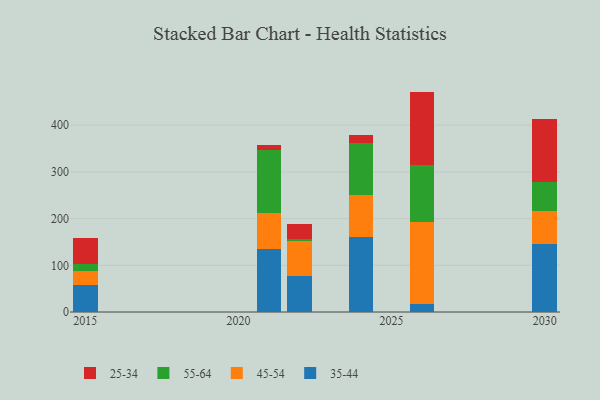
{"axis": {"x": "Year", "y": "Humidity (%)"}, "legend": ["25-34", "35-44", "45-54", "55-64"], "data": [{"x": "2026", "y": 17.0, "type": "35-44"}, {"x": "2026", "y": 175.0, "type": "45-54"}, {"x": "2026", "y": 123.5, "type": "55-64"}, {"x": "2026", "y": 156.4, "type": "25-34"}, {"x": "2021", "y": 134.1, "type": "35-44"}, {"x": "2021", "y": 78.7, "type": "45-54"}, {"x": "2021", "y": 133.2, "type": "55-64"}, {"x": "2021", "y": 11.0, "type": "25-34"}, {"x": "2024", "y": 161.1, "type": "35-44"}, {"x": "2024", "y": 90.1, "type": "45-54"}, {"x": "2024", "y": 110.9, "type": "55-64"}, {"x": "2024", "y": 17.6, "type": "25-34"}, {"x": "2022", "y": 77.3, "type": "35-44"}, {"x": "2022", "y": 74.0, "type": "45-54"}, {"x": "2022", "y": 5.2, "type": "55-64"}, {"x": "2022", "y": 32.7, "type": "25-34"}, {"x": "2015", "y": 57.3, "type": "35-44"}, {"x": "2015", "y": 30.6, "type": "45-54"}, {"x": "2015", "y": 14.2, "type": "55-64"}, {"x": "2015", "y": 56.2, "type": "25-34"}, {"x": "2030", "y": 144.9, "type": "35-44"}, {"x": "2030", "y": 72.2, "type": "45-54"}, {"x": "2030", "y": 60.2, "type": "55-64"}, {"x": "2030", "y": 136.1, "type": "25-34"}]}